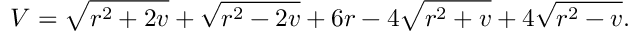
V = \sqrt { r ^ { 2 } + 2 v } + \sqrt { r ^ { 2 } - 2 v } + 6 r - 4 \sqrt { r ^ { 2 } + v } + 4 \sqrt { r ^ { 2 } - v } .